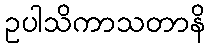
ဥပါသိကာသတာနိ